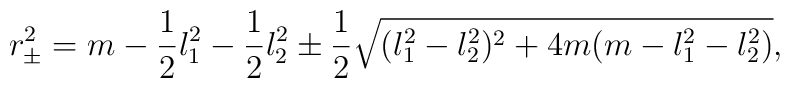
r_{\pm}^2=m-{1\over 2}l_1^2-{1\over 2}l_2^2 \pm{1\over 2}\sqrt{(l^2_1-l^2_2)^2+4m(m-l^2_1-l^2_2)},